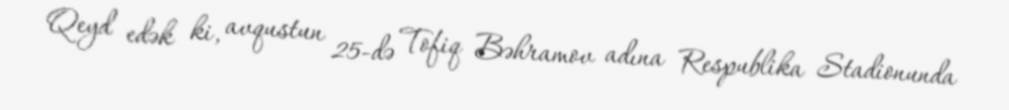
Qeyd edək ki, avqustun 25-də Tofiq Bəhramov adına Respublika Stadionunda